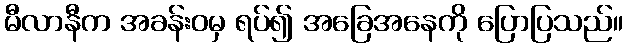
မီလာနီက အခန်းဝမှ ရပ်၍ အခြေအနေကို ပြောပြသည်။